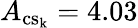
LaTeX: A_{\mathrm{{cs_{k}}}}=4.03